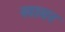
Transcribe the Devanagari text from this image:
खाबर